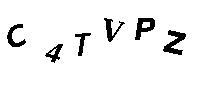
C4TVPZ